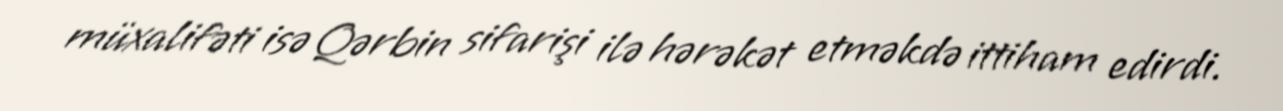
müxalifəti isə Qərbin sifarişi ilə hərəkət etməkdə ittiham edirdi.